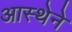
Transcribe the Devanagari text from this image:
आस्‍थेने